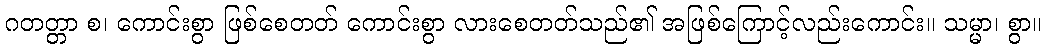
ဂတတ္တာ စ၊ ကောင်းစွာ ဖြစ်စေတတ် ကောင်းစွာ လားစေတတ်သည်၏ အဖြစ်ကြောင့်လည်းကောင်း။ သမ္မာ၊ စွာ။